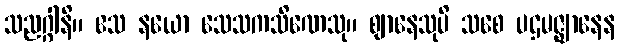
သညဂ္ဂါနိ။ ဧသ နယော သေသကသိဏေသု။ ဈာနေသုပိ သစေ ပဌမဇ္ဈာနေန